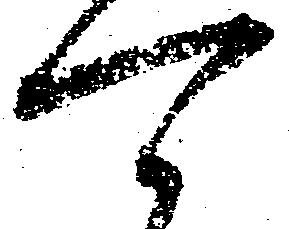
可